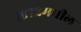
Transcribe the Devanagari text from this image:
१६७२मधील